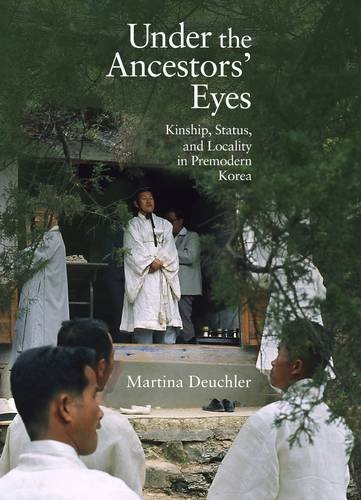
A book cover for Under the Ancestors' Eyes: Kinship, Status, and Locality in Premodern Korea (Harvard East Asian Monographs); Martina Deuchler; History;